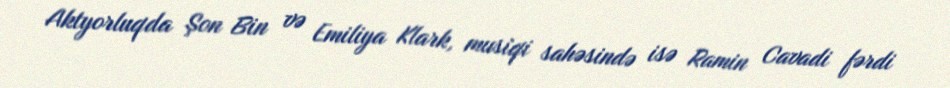
Aktyorluqda Şon Bin və Emiliya Klark, musiqi sahəsində isə Ramin Cavadi fərdi